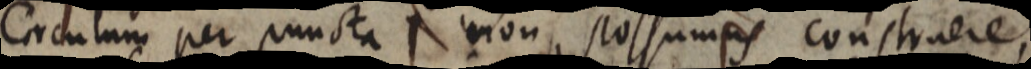
Circulum per puncta non possumus construere,